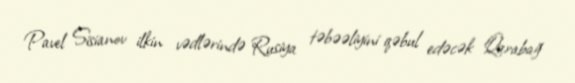
Pavel Sisianov ilkin vədlərində Rusiya təbəəliyini qəbul edəcək Qarabağ